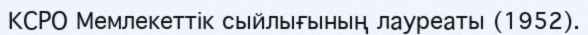
КСРО Мемлекеттік сыйлығының лауреаты (1952).